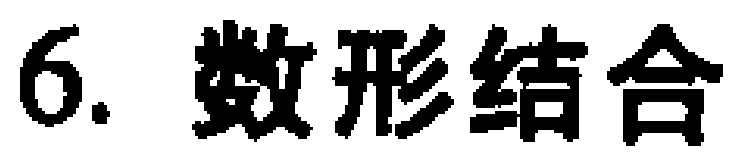
6. 数形结合